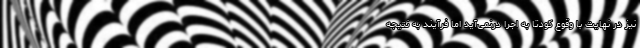
نیز در نهایت با وقوعِ کودتا به اجرا درنمی‌آید اما فرآیندِ به نتیجه